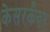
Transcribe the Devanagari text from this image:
केसरकँवर